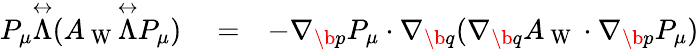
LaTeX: \begin{array}{rlr}{P_{\mu}\overset\leftrightarrow{\Lambda}(A_{\mathrm{~W~}}\overset\leftrightarrow{\Lambda}P_{\mu})}&{{}=}&{-{\nabla}_{\b{p}}P_{\mu}\cdot{\nabla}_{\b{q}}({\nabla}_{\b{q}}A_{\mathrm{~W~}}\cdot{\nabla}_{\b{p}}P_{\mu})}\end{array}